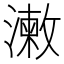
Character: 𣿊